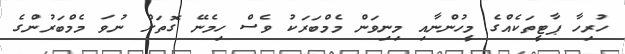
ހުރިހާ ޕާޓީތަކެއްގެ މީހުންނާއި މިނިވަން މެމްބަރަކު ވެސް ހިމެނޭ ގޮތަށް ނުވަ މެމްބަރުންގެ